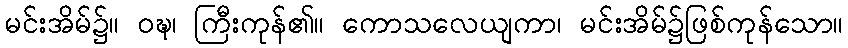
မင်းအိမ်၌။ ဝဍ္ဎ၊ ကြီးကုန်၏။ ကောသလေယျကာ၊ မင်းအိမ်၌ဖြစ်ကုန်သော။